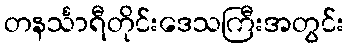
တနင်္သာရီတိုင်းဒေသကြီးအတွင်း